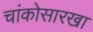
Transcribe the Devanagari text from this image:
चांकोसारखा